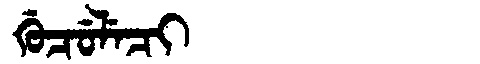
Manchu: ᡤᡠᠴᡠᠯᡝᠴᡳ
Romanization: GUCULECI